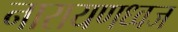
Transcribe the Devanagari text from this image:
नारायणध्वज